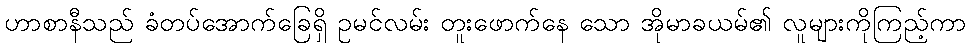
ဟာစာနီသည် ခံတပ်အောက်ခြေရှိ ဥမင်လမ်း တူးဖောက်နေ သော အိုမာခယမ်၏ လူများကိုကြည့်ကာ